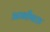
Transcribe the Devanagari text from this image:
आभीषक्त